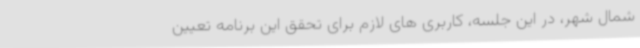
شمال شهر، در این جلسه، کاربری های لازم برای تحقق این برنامه تعیین